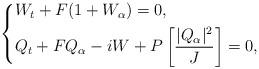
LaTeX: \begin{align*}\left\{\begin{aligned}& W_t + F (1+W_\alpha) = 0, \\& Q_t + F Q_\alpha -i W + P\left[ \frac{|Q_\alpha|^2}{J}\right] = 0, \\\end{aligned}\right.\end{align*}